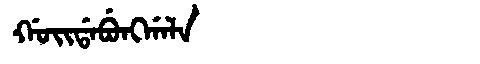
Manchu: ᡤᠣᡳᡩᠠᠪᡠᠩᡤᠠᠯᠠ
Romanization: GOIDABUNGGALA